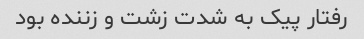
رفتار پیک به شدت زشت و زننده بود